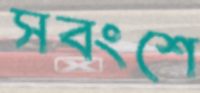
সবংশে